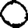
Digit: 0